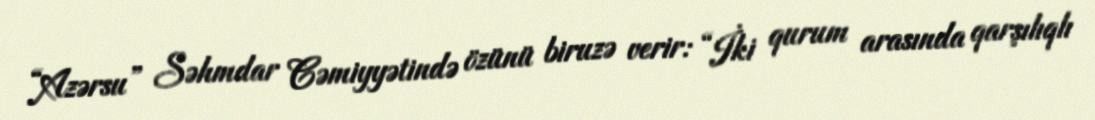
“Azərsu” Səhmdar Cəmiyyətində özünü biruzə verir: “İki qurum arasında qarşılıqlı